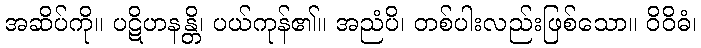
အဆိပ်ကို။ ပဋိဟနန္တိ၊ ပယ်ကုန်၏။ အညံပိ၊ တစ်ပါးလည်းဖြစ်သော။ ဝိဝိဓံ၊